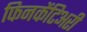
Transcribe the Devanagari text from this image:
फिनकेंटिअरी